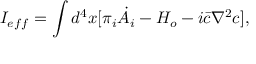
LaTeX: I _ { e f f } = \int d ^ { 4 } x [ \pi _ { i } \dot { A _ { i } } - H _ { o } - i \bar { c } \nabla ^ { 2 } c ] ,